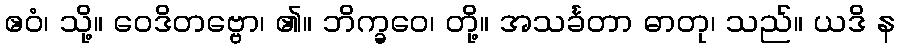
ဧဝံ၊ သို့။ ဝေဒိတဗ္ဗော၊ ၏။ ဘိက္ခဝေ၊ တို့။ အသင်္ခတာ ဓာတု၊ သည်။ ယဒိ န